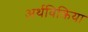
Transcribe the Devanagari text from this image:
अर्थविक्रिया